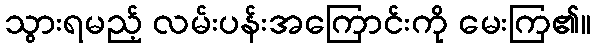
သွားရမည့် လမ်းပန်းအကြောင်းကို မေးကြ၏။